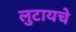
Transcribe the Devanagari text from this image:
लुटायचे